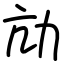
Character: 劥